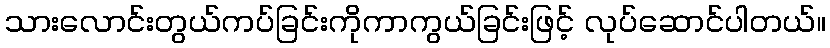
သားလောင်းတွယ်ကပ်ခြင်းကိုကာကွယ်ခြင်းဖြင့် လုပ်ဆောင်ပါတယ်။